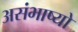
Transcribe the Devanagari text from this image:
असंभाष्यो